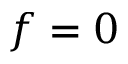
f = 0